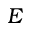
\cal E